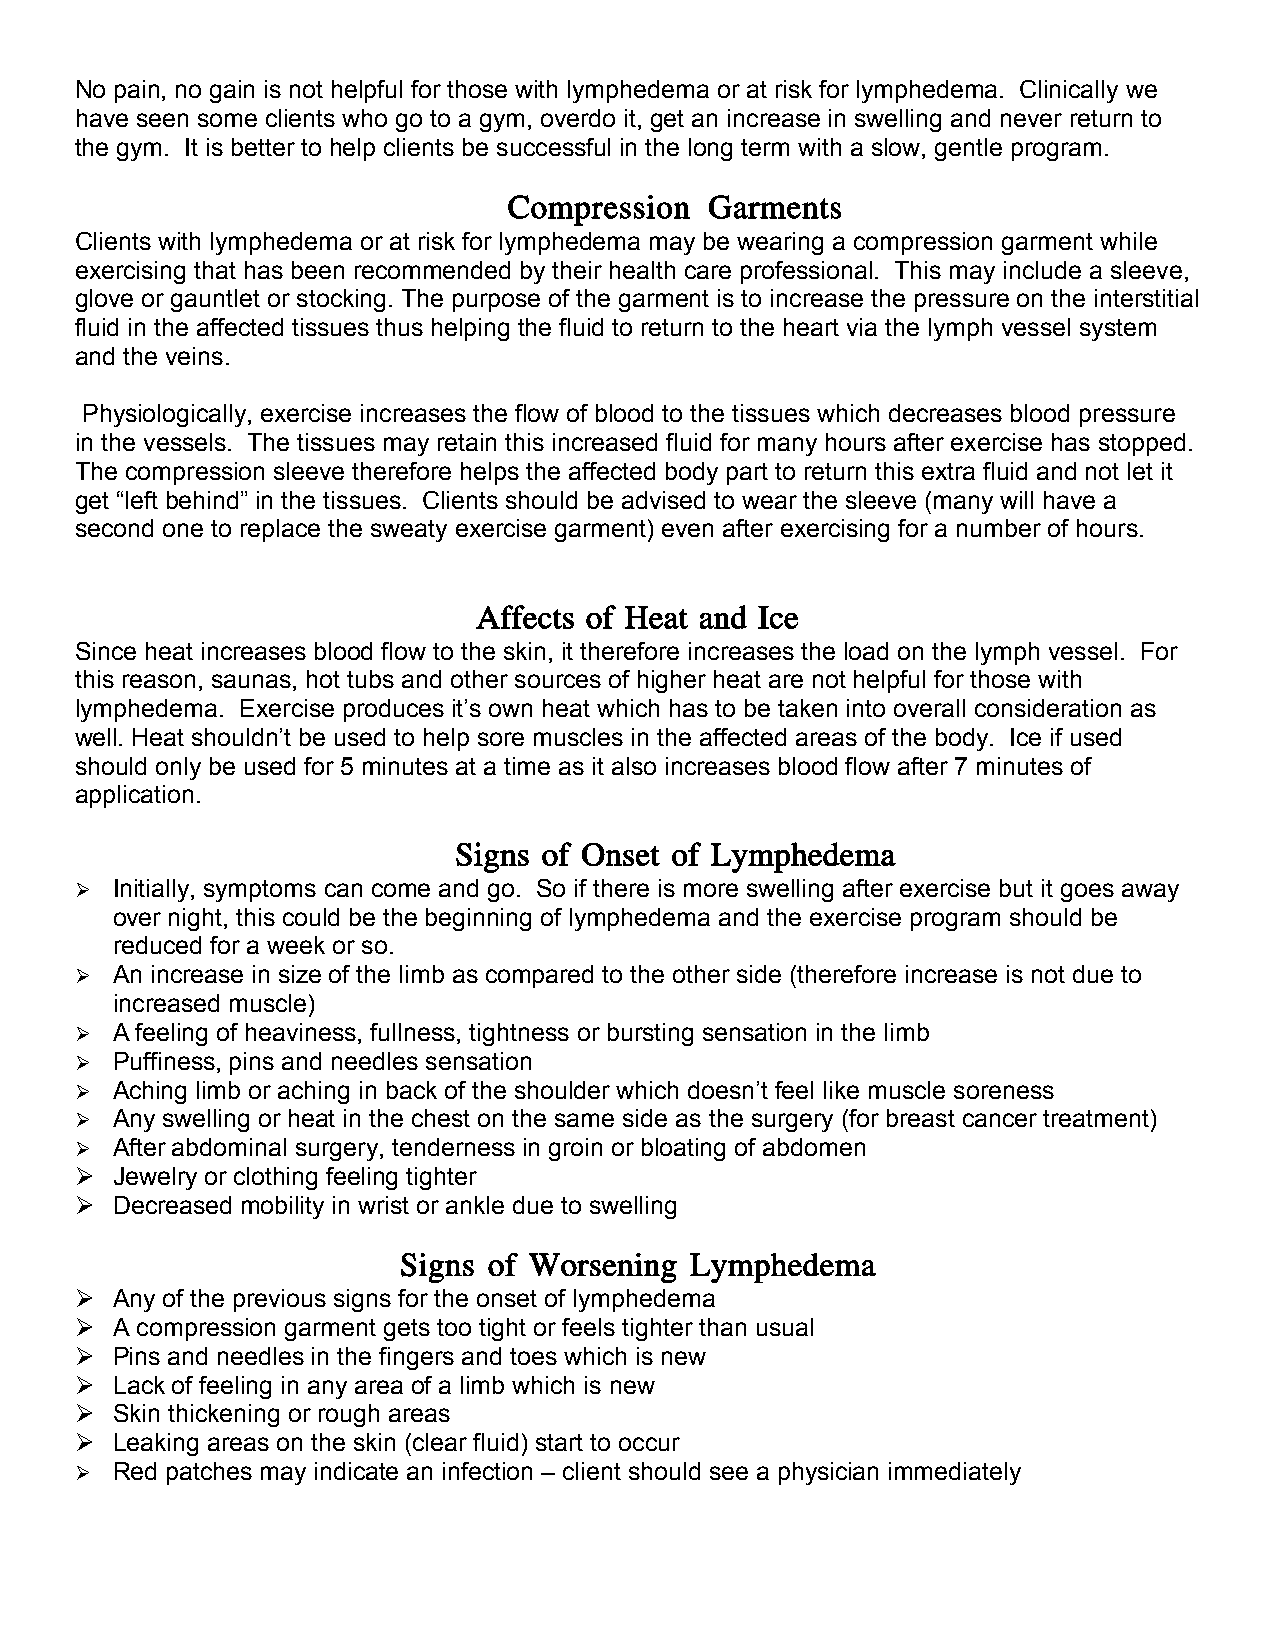
No pain, no gain is not helpful for those with lymphedema or at risk for lymphedema. Clinically we
 have seen some clients who go to a gym, overdo it, get an increase in swelling and never return to
 the gym. It is better to help clients be successful in the long term with a slow, gentle program.
 Compression  Garments
 Clients with lymphedema or at risk for lymphedema may be wearing a compression garment while
 exercising that has been recommended by their health care professional. This may include a sleeve,
 glove or gauntlet or stocking. The purpose of the garment is to increase the pressure on the interstitial
 fluid in the affected tissues thus helping the fluid to return to the heart via the lymph vessel system
 and the veins.
 Physiologically, exercise increases the flow of blood to the tissues which decreases blood pressure
 in the vessels. The tissues may retain this increased fluid for many hours after exercise has stopped.
 The compression sleeve therefore helps the affected body part to return this extra fluid and not let it
 get “left behind” in the tissues. Clients should be advised to wear the sleeve (many will have a
 second one to replace the sweaty exercise garment) even after exercising for a number of hours.
 Affects of Heat and Ice
 Since heat increases blood flow to the skin, it therefore increases the load on the lymph vessel. For
 this reason, saunas, hot tubs and other sources of higher heat are not helpful for those with
 lymphedema. Exercise produces it’s own heat which has to be taken into overall consideration as
 well. Heat shouldn’t be used to help sore muscles in the affected areas of the body. Ice if used
 should only be used for 5 minutes at a time as it also increases blood flow after 7 minutes of
 application.
 Signs of Onset of Lymphedema
  Initially, symptoms can come and go. So if there is more swelling after exercise but it goes away
 over night, this could be the beginning of lymphedema and the exercise program should be
 reduced for a week or so.
  An increase in size of the limb as compared to the other side (therefore increase is not due to
 increased muscle)
  A feeling of heaviness, fullness, tightness or bursting sensation in the limb
  Puffiness, pins and needles sensation
  Aching limb or aching in back of the shoulder which doesn’t feel like muscle soreness
  Any swelling or heat in the chest on the same side as the surgery (for breast cancer treatment)
  After abdominal surgery, tenderness in groin or bloating of abdomen
  Jewelry or clothing feeling tighter
  Decreased mobility in wrist or ankle due to swelling
 Signs of Worsening  Lymphedema
  Any of the previous signs for the onset of lymphedema
  A compression garment gets too tight or feels tighter than usual
  Pins and needles in the fingers and toes which is new
  Lack of feeling in any area of a limb which is new
  Skin thickening or rough areas
  Leaking areas on the skin (clear fluid) start to occur
  Red patches may indicate an infection – client should see a physician immediately